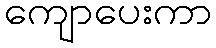
ကျောပေးကာ